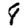
Digit: 8